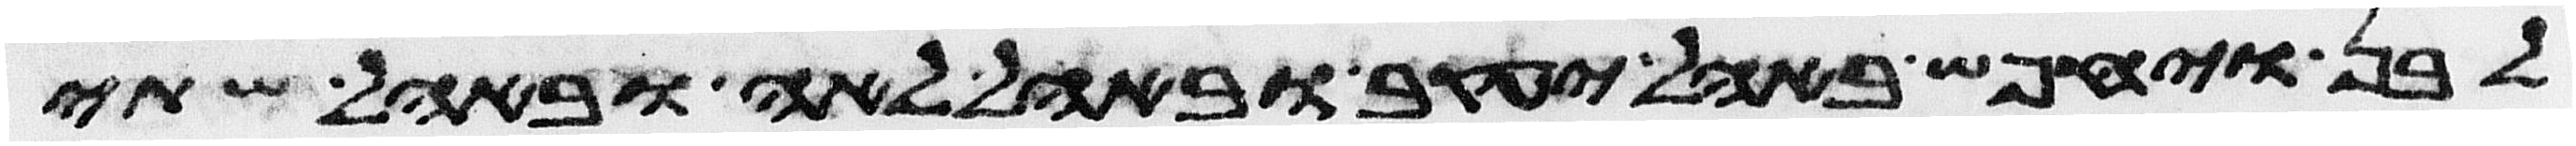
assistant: לבן ויחפש באהל יעקב ובאהל לאה ובאהל שתי